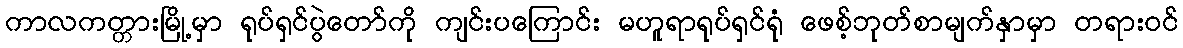
ကာလကတ္တားမြို့မှာ ရုပ်ရှင်ပွဲတော်ကို ကျင်းပကြောင်း မဟူရာရုပ်ရှင်ရုံ ဖေစ့်ဘုတ်စာမျက်နှာမှာ တရားဝင်